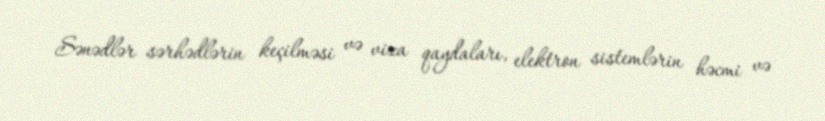
Sənədlər sərhədlərin keçilməsi və viza qaydaları, elektron sistemlərin həcmi və